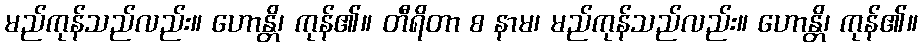
မည်ကုန်သည်လည်း။ ဟောန္တိ၊ ကုန်၏။ တီရိတာ စ နာမ၊ မည်ကုန်သည်လည်း။ ဟောန္တိ၊ ကုန်၏။